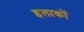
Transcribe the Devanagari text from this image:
इलाकाें